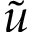
\tilde { u }